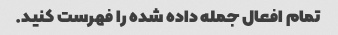
تمام افعال جمله داده شده را فهرست کنید.